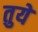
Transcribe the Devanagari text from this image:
तुयें